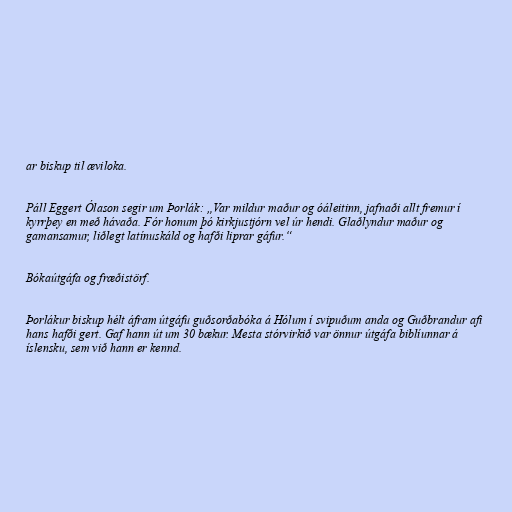
ar biskup til æviloka.

Páll Eggert Ólason segir um Þorlák: „Var mildur maður og óáleitinn, jafnaði allt fremur í
kyrrþey en með hávaða. Fór honum þó kirkjustjórn vel úr hendi. Glaðlyndur maður og
gamansamur, liðlegt latínuskáld og hafði liprar gáfur.“

Bókaútgáfa og fræðistörf.

Þorlákur biskup hélt áfram útgáfu guðsorðabóka á Hólum í svipuðum anda og Guðbrandur afi
hans hafði gert. Gaf hann út um 30 bækur. Mesta stórvirkið var önnur útgáfa biblíunnar á
íslensku, sem við hann er kennd.